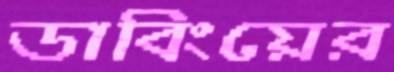
ডাবিংয়ের